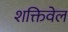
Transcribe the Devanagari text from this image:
शक्तिवेल